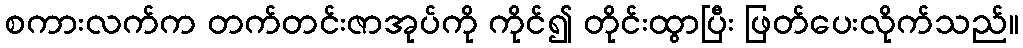
စကားလက်က တက်တင်းဇာအုပ်ကို ကိုင်၍ တိုင်းထွာပြီး ဖြတ်ပေးလိုက်သည်။